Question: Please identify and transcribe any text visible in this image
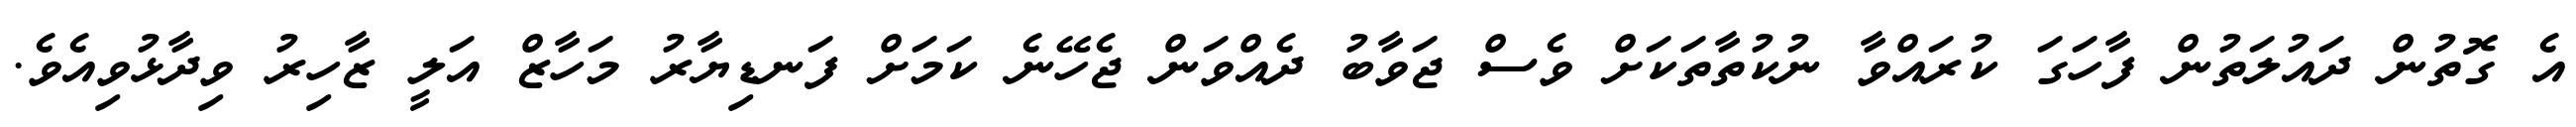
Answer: އެ ގޮތުން ދައުލަތުން ފާހަގަ ކުރައްވާ ނުކުތާތަކަށް ވެސް ޖަވާބު ދެއްވަން ޖެހޭނެ ކަމަށް ފަނޑިޔާރު މަހާޒް އަލީ ޒާހިރު ވިދާޅުވިއެވެ.